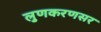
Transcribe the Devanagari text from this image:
लुणकरणसर